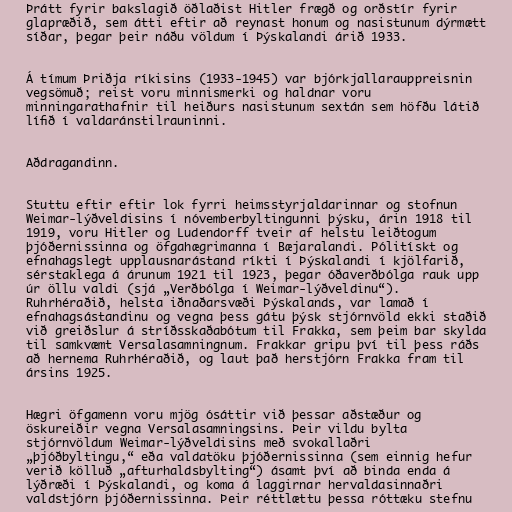
Þrátt fyrir bakslagið öðlaðist Hitler frægð og orðstír fyrir
glapræðið, sem átti eftir að reynast honum og nasistunum dýrmætt
síðar, þegar þeir náðu völdum í Þýskalandi árið 1933.

Á tímum Þriðja ríkisins (1933-1945) var bjórkjallarauppreisnin
vegsömuð; reist voru minnismerki og haldnar voru
minningarathafnir til heiðurs nasistunum sextán sem höfðu látið
lífið í valdaránstilrauninni.

Aðdragandinn.

Stuttu eftir eftir lok fyrri heimsstyrjaldarinnar og stofnun
Weimar-lýðveldisins í nóvemberbyltingunni þýsku, árin 1918 til
1919, voru Hitler og Ludendorff tveir af helstu leiðtogum
þjóðernissinna og öfgahægrimanna í Bæjaralandi. Pólitískt og
efnahagslegt upplausnarástand ríkti í Þýskalandi í kjölfarið,
sérstaklega á árunum 1921 til 1923, þegar óðaverðbólga rauk upp
úr öllu valdi (sjá „Verðbólga í Weimar-lýðveldinu“).
Ruhrhéraðið, helsta iðnaðarsvæði Þýskalands, var lamað í
efnahagsástandinu og vegna þess gátu þýsk stjórnvöld ekki staðið
við greiðslur á stríðsskaðabótum til Frakka, sem þeim bar skylda
til samkvæmt Versalasamningnum. Frakkar gripu því til þess ráðs
að hernema Ruhrhéraðið, og laut það herstjórn Frakka fram til
ársins 1925.

Hægri öfgamenn voru mjög ósáttir við þessar aðstæður og
öskureiðir vegna Versalasamningsins. Þeir vildu bylta
stjórnvöldum Weimar-lýðveldisins með svokallaðri
„þjóðbyltingu,“ eða valdatöku þjóðernissinna (sem einnig hefur
verið kölluð „afturhaldsbylting“) ásamt því að binda enda á
lýðræði í Þýskalandi, og koma á laggirnar hervaldasinnaðri
valdstjórn þjóðernissinna. Þeir réttlættu þessa róttæku stefnu